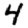
Digit: 4